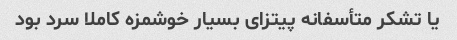
یا تشکر متأسفانه پیتزای بسیار خوشمزه کاملا سرد بود